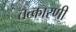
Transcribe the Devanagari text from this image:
तत्कारणी